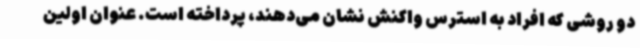
دو روشی که افراد به استرس واکنش نشان می‌دهند، پرداخته است. عنوان اولین